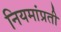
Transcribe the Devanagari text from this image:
नियमांप्रती